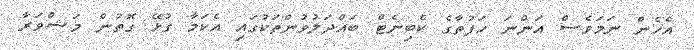
އެހެން ނަމަވެސް އަންނަ ހަފުތާގެ ކެބިނެޓް ބައްދަލުވުންތަކުގައި އެކަމާ ގުޅޭ ގޮތުން މަޝްވަރާ